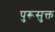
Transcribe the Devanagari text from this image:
पुरूसुक्त